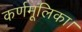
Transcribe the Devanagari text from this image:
कर्णमूलिका।